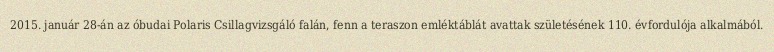
2015. január 28-án az óbudai Polaris Csillagvizsgáló falán, fenn a teraszon emléktáblát avattak születésének 110. évfordulója alkalmából.